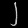
Digit: ၂